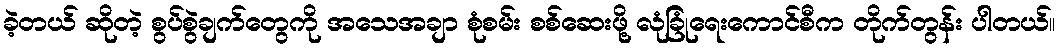
ခဲ့တယ် ဆိုတဲ့ စွပ်စွဲချက်တွေကို အသေအချာ စုံစမ်း စစ်ဆေးဖို့ လုံခြုံရေးကောင်စီက တိုက်တွန်း ပါတယ်။